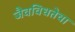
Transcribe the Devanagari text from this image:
जैवविधतेचा